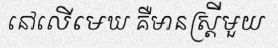
នៅលើមេឃ គឺមានស្ត្រីមួយ